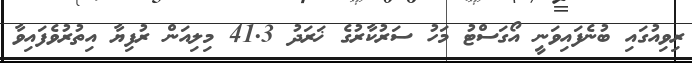
ރިވިއުގައި ބުނެފައިވަނީ އޯގަސްޓު މަހު ސަރުކާރުގެ ޚަރަދު 41.3 މިލިއަން ރުފިޔާ އިތުރުވެފައިވާ